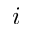
i